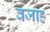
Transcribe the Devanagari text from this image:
वजाह